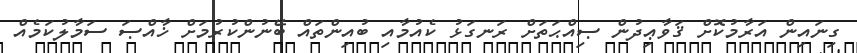
ގިނައިން އަރާމުކޮށް ޤަވާޢިދުން ޞިއްޙަތަށް ރަނގަޅު ކެއުމާއި ބުއިންތައް ބޭނުންކުރުމަށް ޚާއްޞަ ސަމާލުކަމެއް